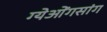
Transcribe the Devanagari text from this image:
ग्येओंगसांग